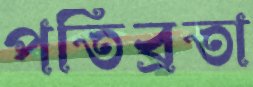
পতিব্রতা